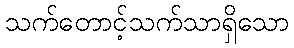
သက်တောင့်သက်သာရှိသော